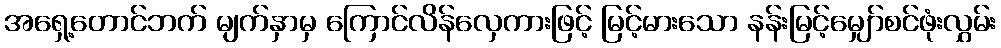
အရှေ့တောင်ဘက် မျက်နှာမှ ကြောင်လိန်လှေကားဖြင့် မြင့်မားသော နန်းမြင့်မျှော်စင်ဖုံးလွှမ်း